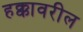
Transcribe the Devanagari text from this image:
हक्कावरील